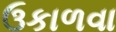
ઉકાળવા